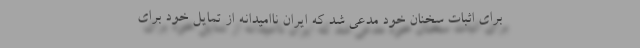
برای اثبات سخنان خود مدعی شد که ایران ناامیدانه از تمایل خود برای